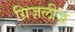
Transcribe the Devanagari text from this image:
ग्रिज़लीज़